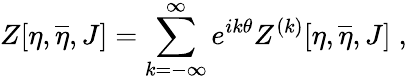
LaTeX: Z[\eta,\overline{{{\eta}}},J]=\sum_{k=-\infty}^{\infty}e^{ik\theta}Z^{(k)}[\eta,\overline{{{\eta}}},J]\; ,